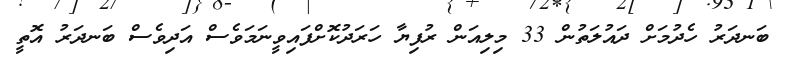
ބަނދަރު ހެދުމަށް ދައުލަތުން 33 މިލިއަން ރުފިޔާ ހަރަދުކޮށްފައިވީނަމަވެސް އަދިވެސް ބަނދަރު އޮތީ